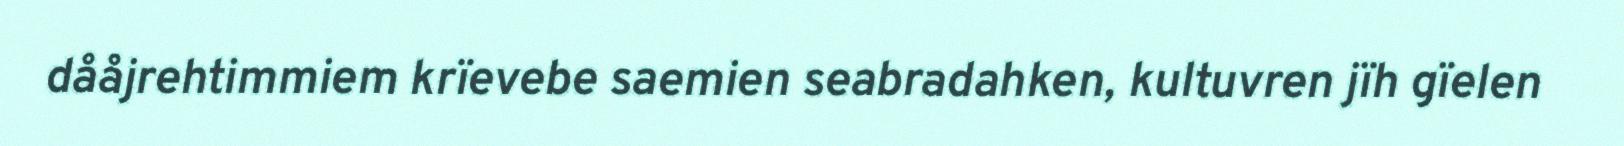
dååjrehtimmiem krïevebe saemien seabradahken, kultuvren jïh gïelen